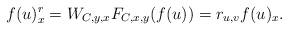
LaTeX: \begin{align*} f(u)^{r}_{x}=W_{C,y,x}F_{C,x,y}(f(u))=r_{u,v}f(u)_{x}.\end{align*}